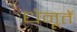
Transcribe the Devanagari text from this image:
धेनूतें